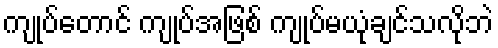
ကျုပ်တောင် ကျုပ်အဖြစ် ကျုပ်မယုံချင်သလိုဘဲ